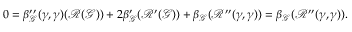
\begin{array} { r } { 0 = \beta _ { \mathcal { G } } ^ { \prime \prime } ( \gamma , \gamma ) ( \mathcal { R } ( \mathcal { G } ) ) + 2 \beta _ { \mathcal { G } } ^ { \prime } ( \mathcal { R } ^ { \prime } ( \mathcal { G } ) ) + \beta _ { \mathcal { G } } ( \mathcal { R } ^ { \prime \prime } ( \gamma , \gamma ) ) = \beta _ { \mathcal { G } } ( \mathcal { R } ^ { \prime \prime } ( \gamma , \gamma ) ) . } \end{array}